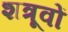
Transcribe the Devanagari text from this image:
शत्रूवों